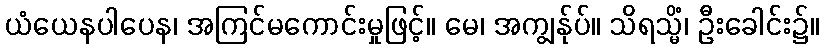
ယံယေနပါပေန၊ အကြင်မကောင်းမှုဖြင့်။ မေ၊ အကျွန်ုပ်။ သိရသ္မိံ၊ ဦးခေါင်း၌။